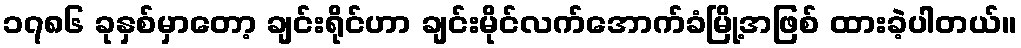
၁၇၈၆ ခုနှစ်မှာတော့ ချင်းရိုင်ဟာ ချင်းမိုင်လက်အောက်ခံမြို့အဖြစ် ထားခဲ့ပါတယ်။